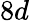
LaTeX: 8d